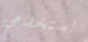
استخدمي